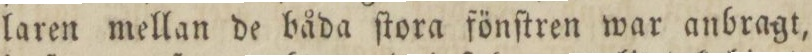
laren mellan de båda ſtora fönſtren war anbragt,